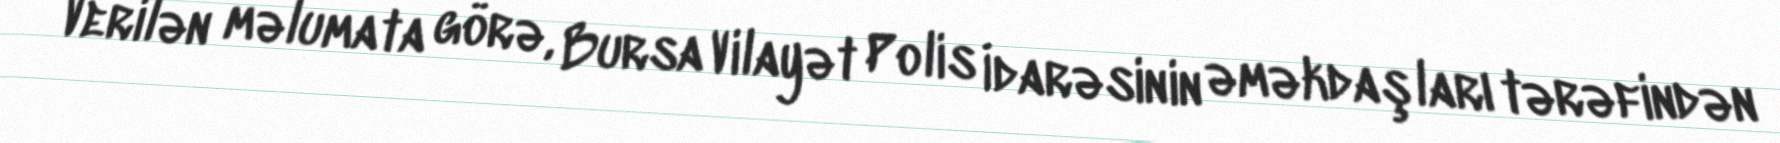
Verilən məlumata görə, Bursa Vilayət Polis İdarəsinin əməkdaşları tərəfindən